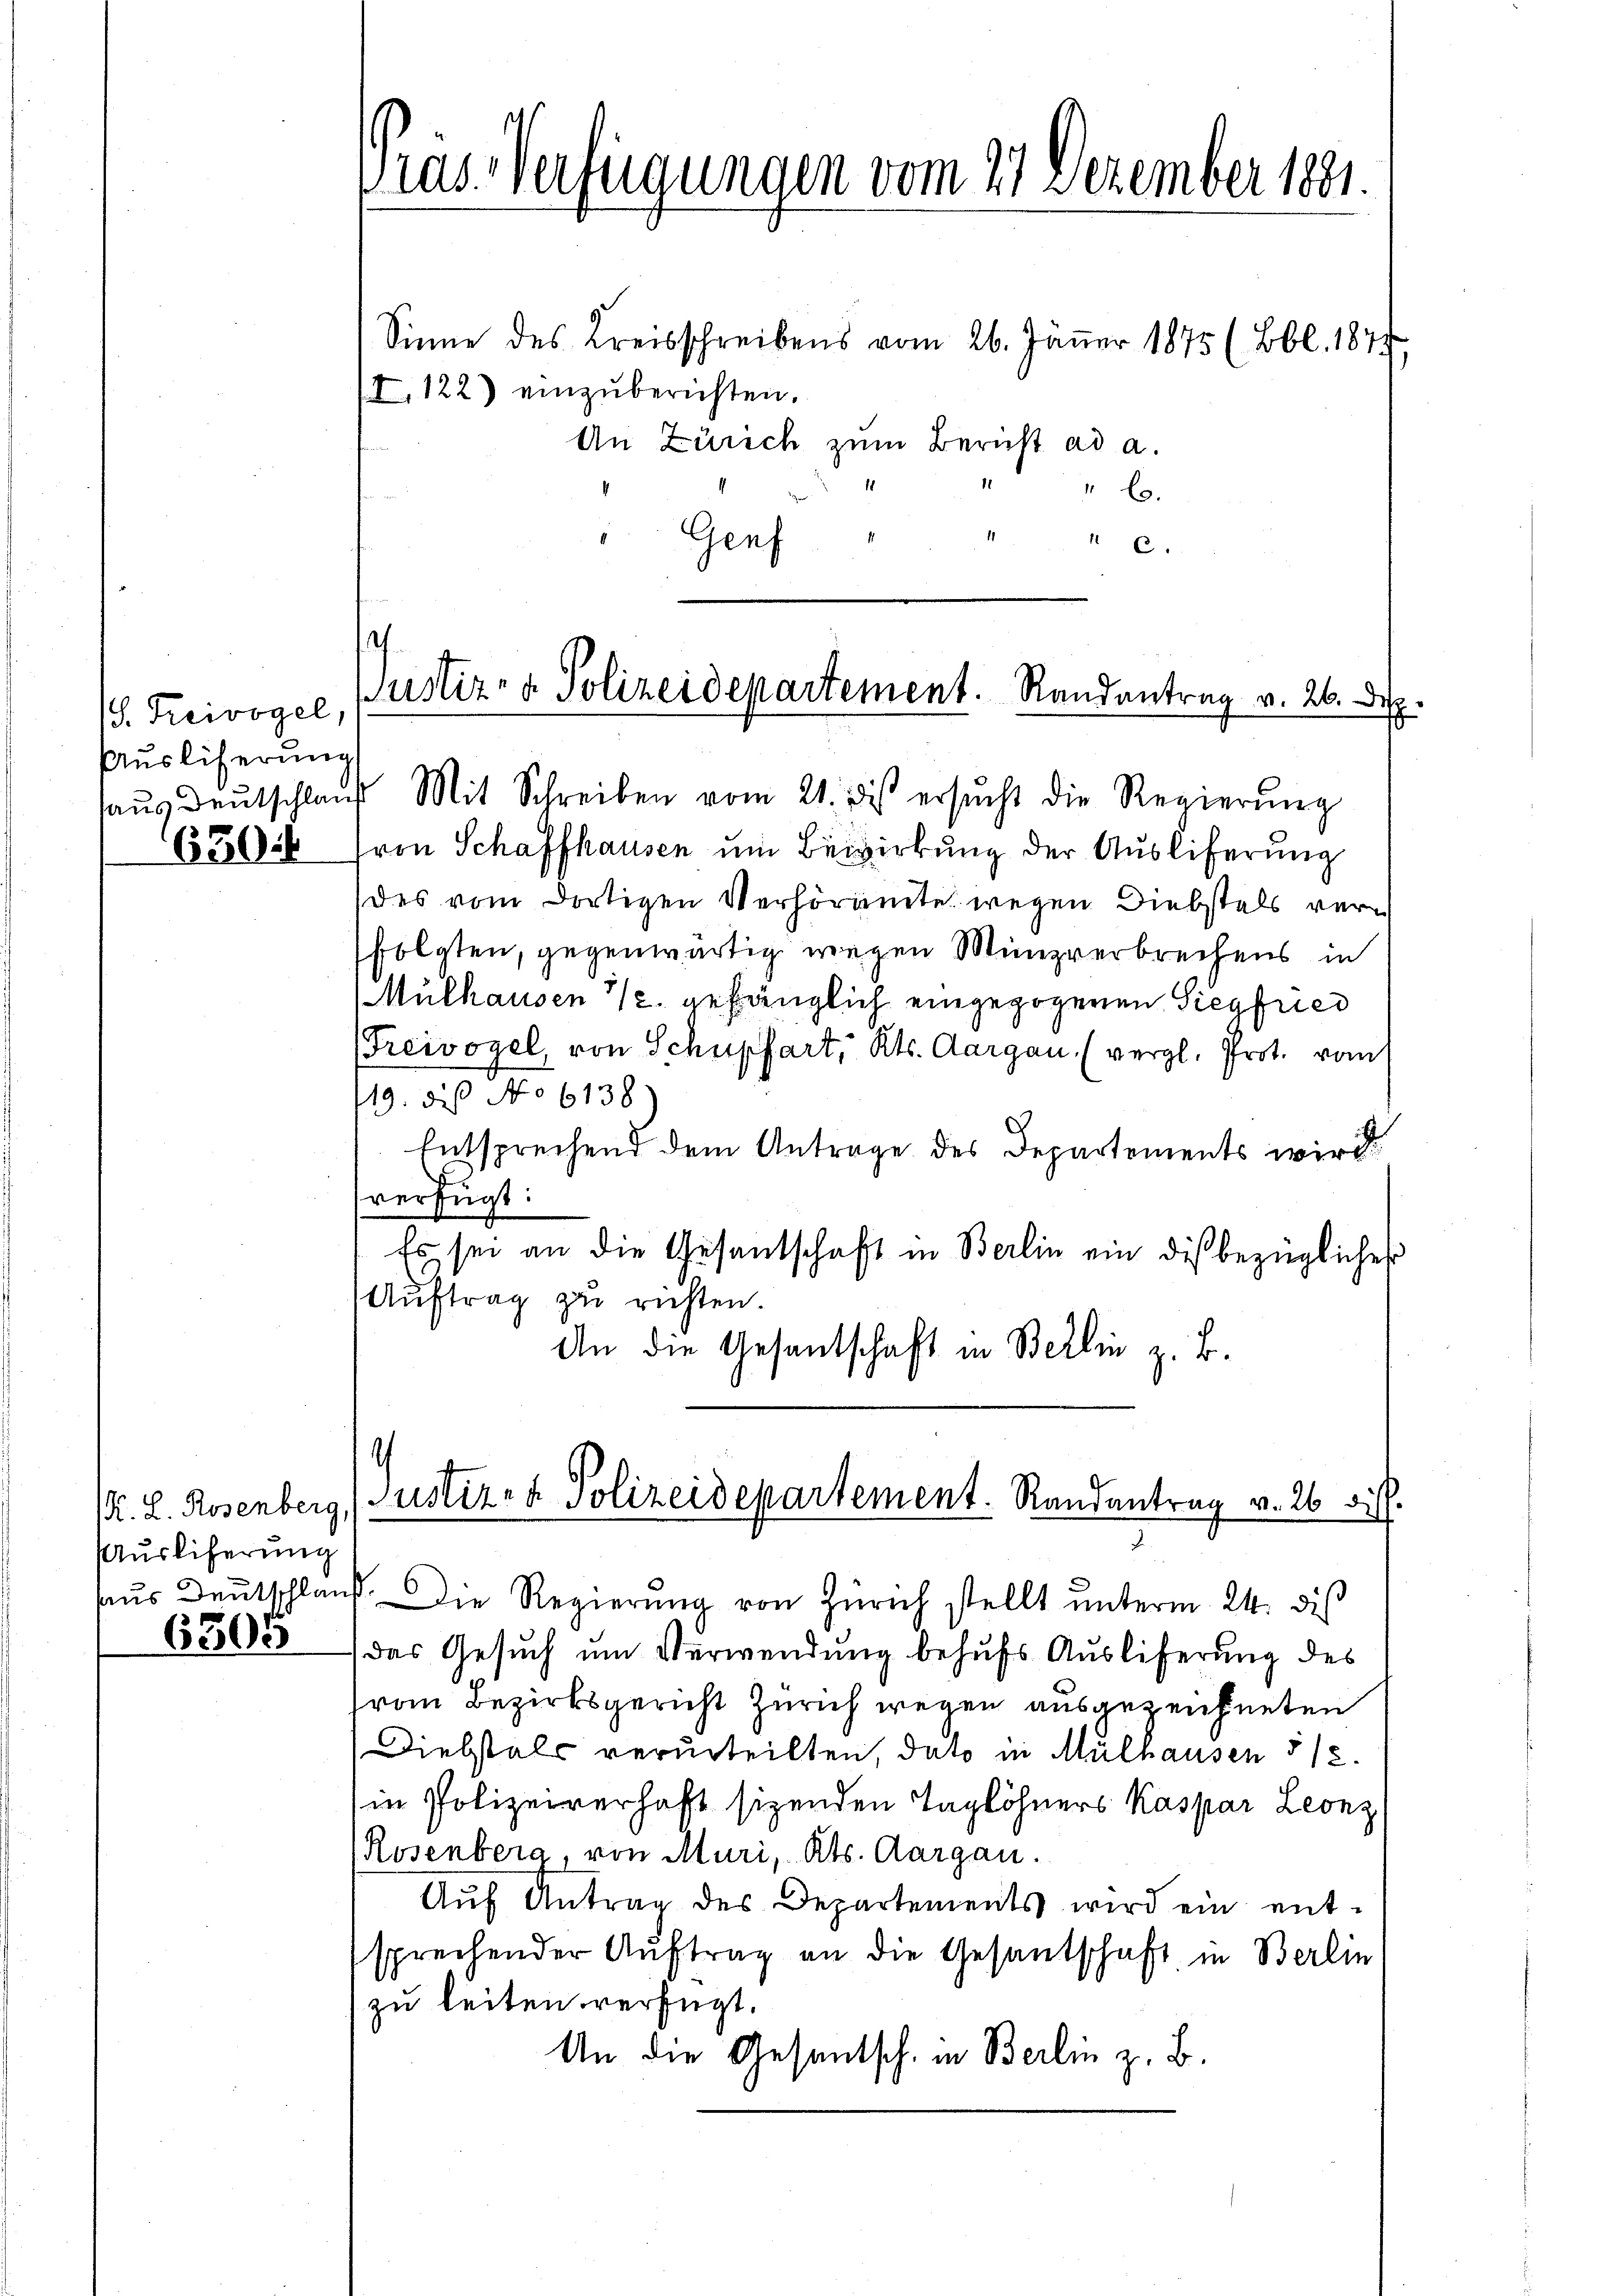
S. Treivogel,
Auslieferung

Auslieferung

6305

Sinne des Kreisschreibens vom 26. Jäṅer 1875 (Bbl. 1874,
I. 122) einzuberichten.
An Zürich zum Bericht ad a.
" 6.
7
C.
Genf
65504 (von Schaffhausen um Bezirkung der Auslieferung
des vom dortigen Verhöramte wegen Diebstals verfolgten, gegenwärtig wegen Münzverbrechens in
Mülhausen u. gefänglich eingezogenen Siegfried
reivogel, von Schupfart, Kts. Aargau (vergl. Prot. vom
19. des No 6138
Entsprechend dem Antrage des Departements wird
verfügt:
Es sei an die Gesandschaft in Berlin ein die bezüglicher
Auftrag zu richten.
An die Gesandschaft in Berlin z. B.

Präs. Verfügungen vom 27. Dezember 1881.

Justiz- & Polizeidepartement. Randantrag v. 26. Dez.
haŭs deŭtschlaŭf Mit Schreiben vom 21. dies ersŭcht die Regierŭng

r. L. Rosenberg, Justiz- & Polizeidepartement. Randantrag v. 26 di

haus Deutschlauf. Die Regierŭng von Zürich stellt unterm 24. diß
das Gesuch um Verwendung behufs Auslieferung des
vom Bezirksgericht Zürich wegen ausgezeichneten
Diebstals verurteilten, dato in Mülhausen 512.
in Polizeiverhaft sizenden Taglöhners Kaspar Leonz
Rosenberg, von Muri, Kts. Aargau.
Aŭf Antrag des Departements wird ein entsprechender Auftrag an die Gesantschaft in Berlin
zu leiten verfügt.
An die Gesantsch, in Berlin z. B.